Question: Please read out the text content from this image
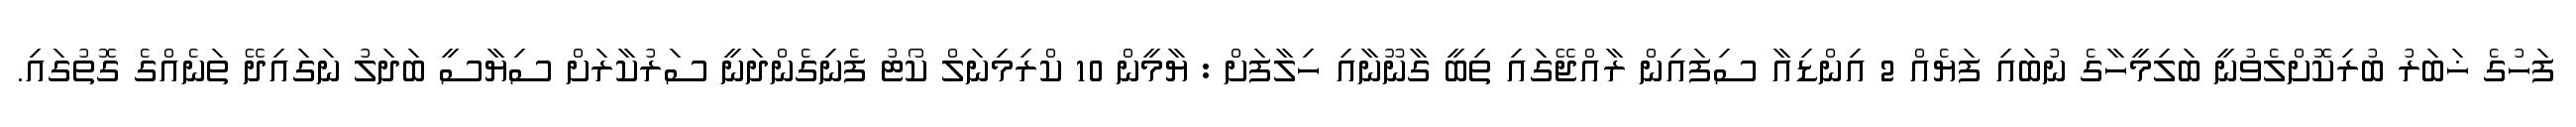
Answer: ފަހުގެ ޚަބަރު ބުރިކޮށްލެވުނީ ބަލިމީހާގެ ނުބައި ފަޔެއް 2 އިންޑިއާ ސިފައިން ރާއްޖޭގައި ތިބީ ގާނޫނާއި ހިލާފަށް : ޔާމީން 10 ކްރިމިނަލް ކޯޓު ފެނިގެންދަނީ ސަރުކާރަށް ސިޔާސީ ބަދަލު ނަގައިދޭ ތަނެއްގެ ގޮތުގައި.